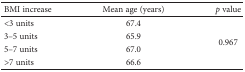
<table><thead><tr><td><b>BMI increase</b></td><td><b>Mean age (years)</b></td><td><b><i>p</i> value</b></td></tr></thead><tbody><tr><td>&lt;3 units</td><td>67.4</td><td rowspan="4">0.967</td></tr><tr><td>3–5 units</td><td>65.9</td></tr><tr><td>5–7 units</td><td>67.0</td></tr><tr><td>&gt;7 units</td><td>66.6</td></tr></tbody></table>